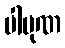
ပါပုဏ